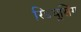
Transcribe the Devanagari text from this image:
रिडयूसिंग